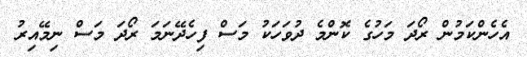
އެހެންކަމުން ރޯދަ މަހުގެ ކޮންމެ ދުވަހަކު މަސް ފިހެދޭނަމަ ރޯދަ މަސް ނިމޭއިރު